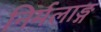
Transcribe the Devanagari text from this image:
निर्मलाङ्ग